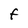
Character: F